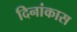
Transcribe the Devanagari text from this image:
दिनांकास